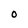
Character: O